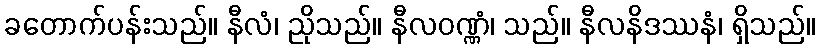
ခတောက်ပန်းသည်။ နီလံ၊ ညိုသည်။ နီလဝဏ္ဏံ၊ သည်။ နီလနိဒဿနံ၊ ရှိသည်။